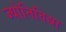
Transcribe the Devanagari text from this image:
ज्योतिविद्या